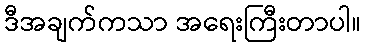
ဒီအချက်ကသာ အရေးကြီးတာပါ။